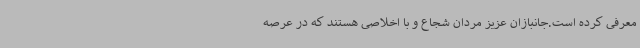
معرفی کرده است.جانبازان عزیز مردان شجاع و با اخلاصی هستند که در عرصه